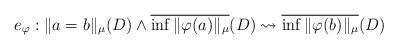
LaTeX: \begin{align*}e_{\varphi}: \|a=b\|_{\mu}(D) \wedge \overline{\inf \|\varphi(a)\|_{\mu}}(D) \leadsto \overline{\inf \|\varphi(b)\|_{\mu}}(D)\end{align*}